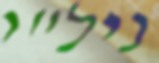
ניל"י